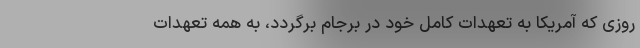
روزی که آمریکا به تعهدات کامل خود در برجام برگردد، به همه تعهدات